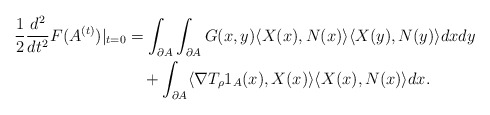
\begin{align*}\begin{aligned}\frac{1}{2}\frac{d^{2}}{dt^{2}}F(A^{(t)})|_{t=0}&=\int_{\partial A}\int_{\partial A}G(x,y)\langle X(x),N(x)\rangle\langle X(y),N(y)\rangle dxdy\\&\quad+\int_{\partial A}\langle\nabla T_{\rho}1_{A}(x),X(x)\rangle\langle X(x),N(x)\rangle dx.\end{aligned}\end{align*}